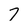
Character: 7